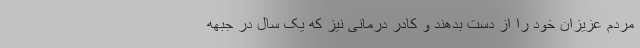
مردم عزیزان خود را از دست بدهند و کادر درمانی نیز که یک سال در جبهه